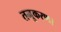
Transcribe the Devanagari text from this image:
तनूकरण।